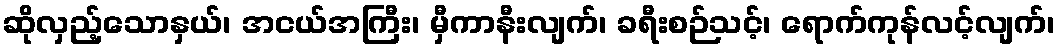
ဆိုလှည့်သောနှယ်၊ အငယ်အကြီး၊ မှီကာနီးလျက်၊ ခရီးစဉ်သင့်၊ ရောက်ကုန်လင့်လျက်၊